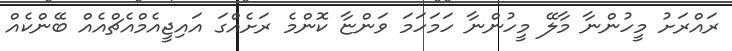
ރައްރަށު މީހުންނާ މާލޭ މީހުންނާ ހަމަހަމަ ވަންޏާ ކޮންމެ ރަށެެއްގަ އައިޖީއެމްއެޗްއެއް ބޭންކެއް